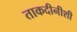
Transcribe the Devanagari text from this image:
ताकदीनीशी